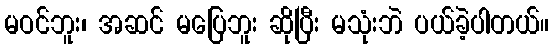
မဝင်ဘူး၊ အဆင် မပြေဘူး ဆိုပြီး မသုံးဘဲ ပယ်ခဲ့ပါတယ်။